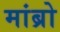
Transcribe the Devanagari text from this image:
मांब्रो